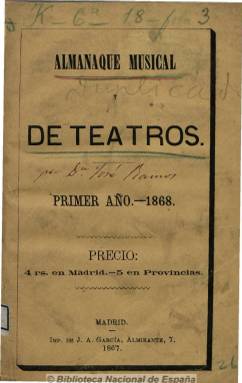
Título: Almanaque musical y de teatros
Colección: Música || Teatro
Ámbito geográfico: Madrid
Lugar de publicación: Madrid
Fechas: 01/01/1868-31/12/1868

Anuario dedicado exclusivamente a música y teatros, dirigido por José Ramos y que incluye información desde septiembre de 1866 a septiembre de 1867. Contiene abundantes datos históricos sobre los teatros madrileños y de otras provincias españolas, con relación de las obras estrenadas durante la temporada y los artistas que en ellas intervienen. Contiene también artículos sobre la evolución de la zarzuela, compañías, conciertos, una breve historia del Conservatorio de Música y Declamación de Madrid y listados de las sociedades y periódicos y revistas musicales, así como necrológicas, estadísticas musicales y teatrales e información sobre ópera, circo, variedades, etc. Entre otros, colaboran J.J. Jiménez Delgado, Felipe Pérez de Anaya y Juan Alonso y Eguilaz. En total, 121 páginas de información, más una decena de anuncios publicitarios.